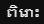
ពិរោះ